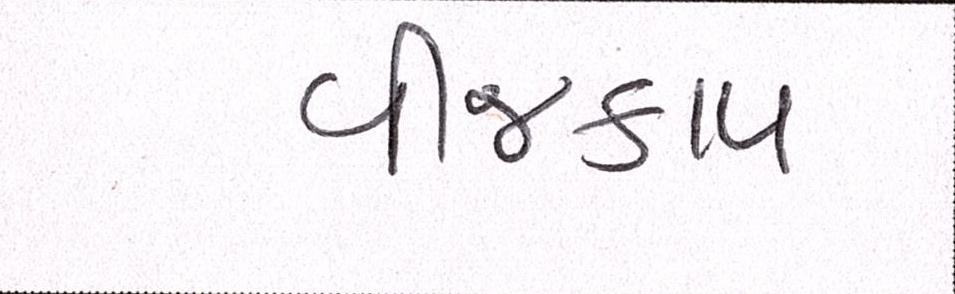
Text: વીજકાપ